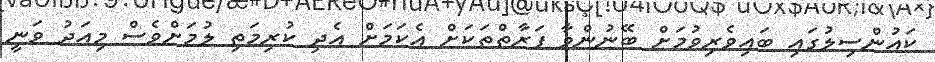
ކައުންސިލުގައި ބައިވެރިވުމަށް ބޭނުންވާ ފަރާތްތަކަށް އެކަމަށް އެދި ކުރިމަތި ލުމަށްވެސް މިއަދު ވަނީ